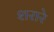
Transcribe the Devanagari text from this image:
शरारे